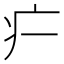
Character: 𬏚